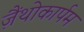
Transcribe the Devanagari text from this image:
ज़ैंथोकार्पम